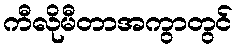
ကီလိုမီတာအကွာတွင်